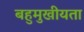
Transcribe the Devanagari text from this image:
बहुमुखीयता